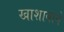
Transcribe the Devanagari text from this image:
खाशाबाने